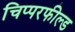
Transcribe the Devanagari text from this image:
चिप्परफील्ड